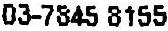
03-7845 8155